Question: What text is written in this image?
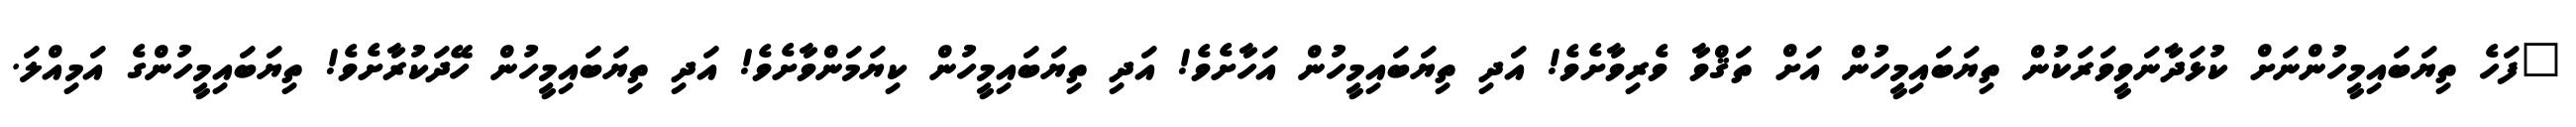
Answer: "ފަހެ ތިޔަބައިމީހުންނަށް ކުޅަދާނަވީވަރަކުން ތިޔަބައިމީހުން އަށް ތަޤްވާ ވެރިވާށެވެ! އަދި ތިޔަބައިމީހުން އަހާށެވެ! އަދި ތިޔަބައިމީހުން ކިޔަމަންވާށެވެ! އަދި ތިޔަބައިމީހުން ހޭދަކުރާށެވެ! ތިޔަބައިމީހުންގެ އަމިއްލަ.